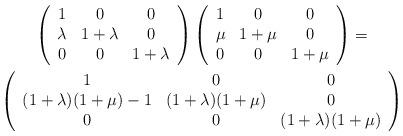
LaTeX: \begin{gather*}\left(\begin{array}{ccc}1 & 0 & 0\\\lambda & 1+\lambda & 0\\0 & 0 & 1+\lambda\end{array}\right)\left(\begin{array}{ccc}1 & 0 & 0\\\mu & 1+\mu & 0\\0 & 0 & 1+\mu\end{array}\right)=\\\left(\begin{array}{ccc}1 & 0 & 0\\(1+\lambda)(1+\mu)-1 & (1+\lambda)(1+\mu) & 0\\0 & 0 & (1+\lambda)(1+\mu)\end{array}\right)\end{gather*}